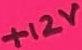
Text: +12V